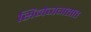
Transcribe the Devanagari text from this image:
सिनेजगतात